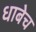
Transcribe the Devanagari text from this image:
धाबेच